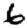
Digit: 6